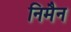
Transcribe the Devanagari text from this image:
निमैन